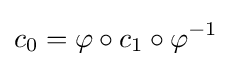
\displaystyle {c_{0}=\varphi \circ c_{1}\circ \varphi ^{-1}}